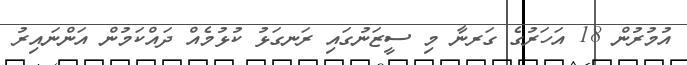
އުމުރުން 18 އަހަރުގެ ގަރނާ މި ސީޒަނުގައި ރަނގަޅު ކުޅުމެއް ދައްކަމުން އަންނައިރު